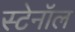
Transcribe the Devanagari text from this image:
स्टेनॉल